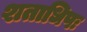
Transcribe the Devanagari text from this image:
शताधिपः